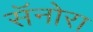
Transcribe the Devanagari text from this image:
सॅनोरा